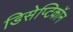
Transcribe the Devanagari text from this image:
डिसेप्टिकॉन